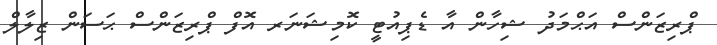
ޕްރިޒަންސް އަޙްމަދު ޝިހާން އާ ޑެޕިއުޓީ ކޮމިޝަނަރ އޮފް ޕްރިޒަންސް ޙަސަން ޒިލާލް